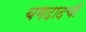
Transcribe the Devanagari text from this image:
बगदादची